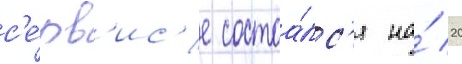
с'е́рв'ис'е состоа́лс'я на́ 20